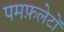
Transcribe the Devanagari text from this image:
पमफ़लेटों